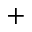
+